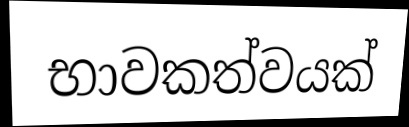
භාවකත්වයක්